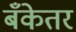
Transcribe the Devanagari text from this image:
बँकेतर